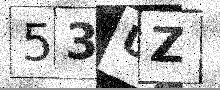
Text: 53UZ